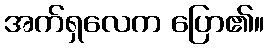
အက်ရှလေက ပြော၏။